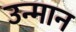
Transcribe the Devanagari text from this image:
उन्मान